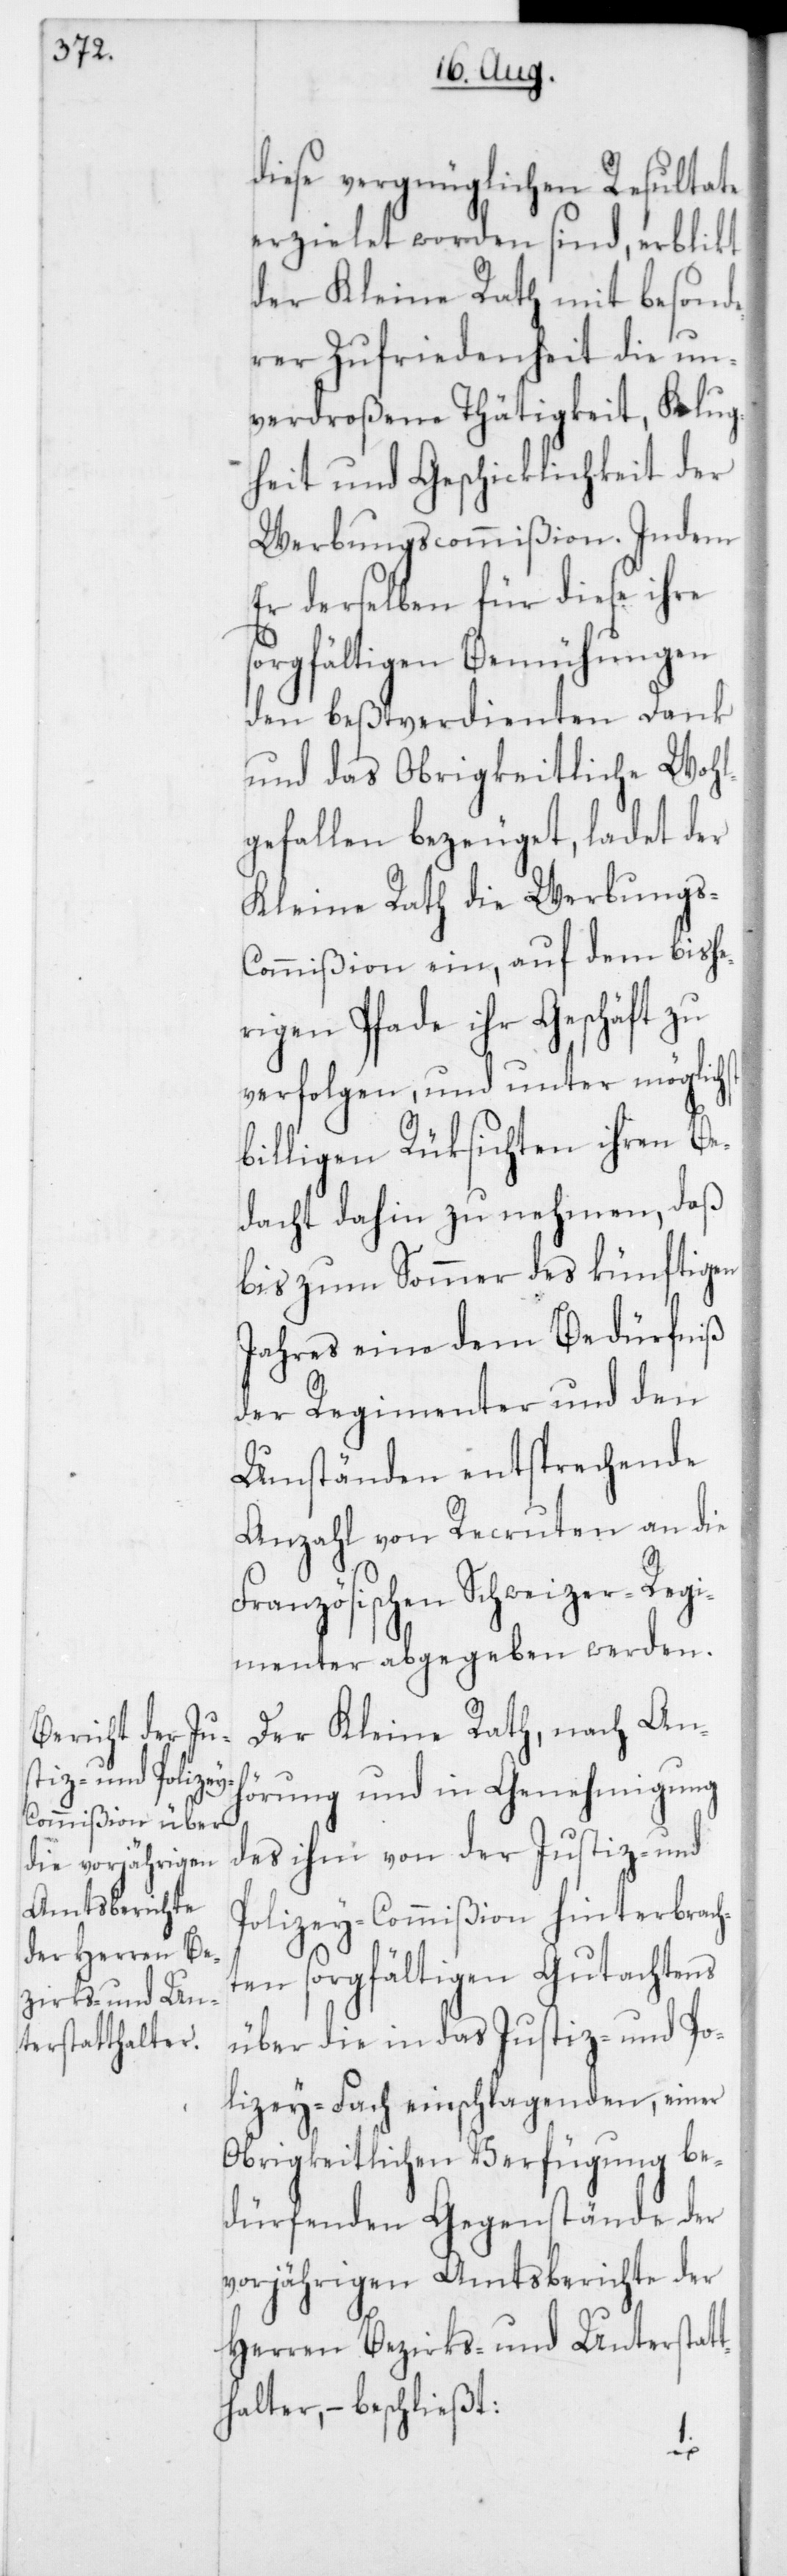
diese vergnüglichen Resultate
erzielet worden sind, erblikt
der Kleine Rath mit besonde¬
rer Zufriedenheit die un¬
verdroßene Thätigkeit, Klug¬
heit und Geschicklichkeit der
Werbungscommißion. Indem
er derselben für diese ihre
orgfältigen Bemühungen
den beßtverdienten Dank
und das Obrigkeitliche Wohl¬
gefallen bezeuget, ladet der
Kleine Rath die Werbungs-C¬
ommißion ein, auf dem bishe¬
rigen Pfade ihr Geschäft zu
verfolgen, und unter möglichst
billigen Rüksichten ihren Be¬
dacht dahin zu nehmen, daß
bis zum Sommer des künftigen
Jahres eine dem Bedürfniß
der Regimenter und den
Umständen entsprechende
Anzahl von Recruten an die
Französischen Schweizer Reg¬
imenter abgegeben werden.
Der Kleine Rath, nach Anh¬
örung und in Genehmigung
des ihm von der Justiz- und
Polizey-Commißion hinterbrach¬
ten sorgfältigen Gutachtens
über die in das Justiz- und Po¬
lizey-Fach einschlagenden, einer
Obrigkeitlichen Verfügung be¬
dürfenden Gegenstände der
vorjährigen Amtsberichte der
Herren Bezirks- und Unterstat¬
thalter, – beschließt:
s¬